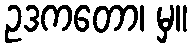
ဥဒကတော၊ မှ။